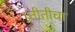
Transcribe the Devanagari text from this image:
प्रतीतीचा